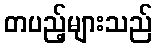
တပည့်များသည်